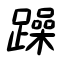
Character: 躁